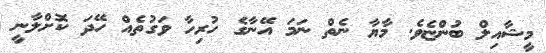
މީޝާއިލް ބުންޏެވެ. މާޔާ ނެތް ނަމަ އޭނާގެ ހުރިހާ ވަގުތެއް ހޭދަ ކޮށްލާނީ